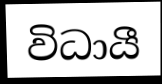
විධායී